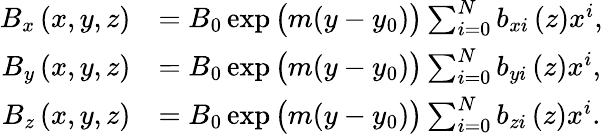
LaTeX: \begin{array}{rl}{B_{x}\left(x,y,z\right)}&{=B_{0}\exp\big(m(y-y_{0})\big)\sum_{i=0}^{N}b_{xi}\left(z\right)x^{i},}\\ {B_{y}\left(x,y,z\right)}&{=B_{0}\exp\big(m(y-y_{0})\big)\sum_{i=0}^{N}b_{yi}\left(z\right)x^{i},}\\ {B_{z}\left(x,y,z\right)}&{=B_{0}\exp\big(m(y-y_{0})\big)\sum_{i=0}^{N}b_{zi}\left(z\right)x^{i}.}\end{array}